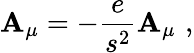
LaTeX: {{\cal\mathbf{A}}}_{\mu}=-\frac{{e}}{{s^{2}}}\mathbf{A}_{\mu}\, \, ,